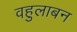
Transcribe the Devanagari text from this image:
वहुलाबन